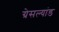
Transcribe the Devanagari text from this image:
ग्रेसल्यांड